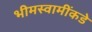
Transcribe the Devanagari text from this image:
भीमस्वामींकडे